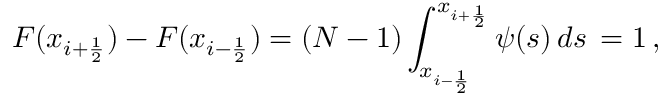
F ( x _ { i + \frac { 1 } { 2 } } ) - F ( x _ { i - \frac { 1 } { 2 } } ) = ( N - 1 ) \int _ { x _ { i - \frac { 1 } { 2 } } } ^ { x _ { i + \frac { 1 } { 2 } } } \psi ( s ) \, d s \, = 1 \, ,